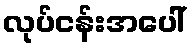
လုပ်ငန်းအပေါ်